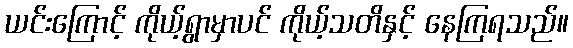
ယင်းကြောင့် ကိုယ့်ရွာမှာပင် ကိုယ့်သတိနှင့် နေကြရသည်။